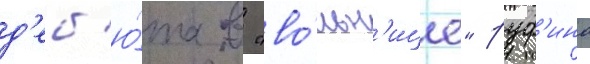
д'еб'ю́та в "во́льн'ице" руф'ина